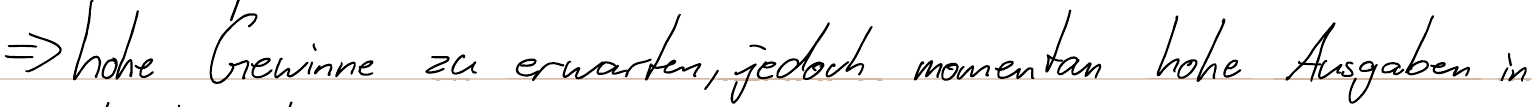
=> hohe Gewinne zu erwarten, jedoch momentan hohe Ausgaben in